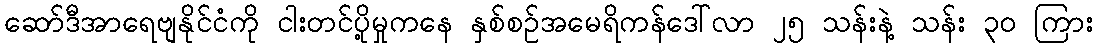
ဆော်ဒီအာရေဗျနိုင်ငံကို ငါးတင်ပို့မှုကနေ နှစ်စဉ်အမေရိကန်ဒေါ်လာ ၂၅ သန်းနဲ့ သန်း ၃ဝ ကြား